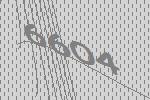
6604